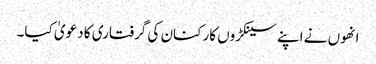
انھوں نے اپنے سینکڑوں کارکنان کی گرفتاری کا دعویٰ کیا۔